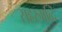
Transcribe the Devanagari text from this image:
सहरुााब्दि